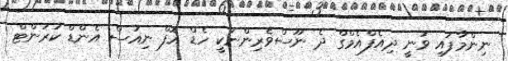
ނިންމާފައި ވަނީ ދިއެފްއެމްގް ދެ ނޫސްވެރިންނަކީ ހެޑް އޮފް ނިއުސް އެންޑް ކަރަންޓް